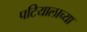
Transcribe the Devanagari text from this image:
पटियालाच्या